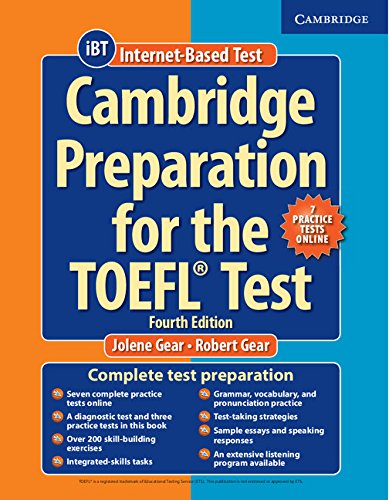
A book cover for Cambridge Preparation for the TOEFL Test Book with Online Practice Tests; Jolene Gear; Test Preparation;